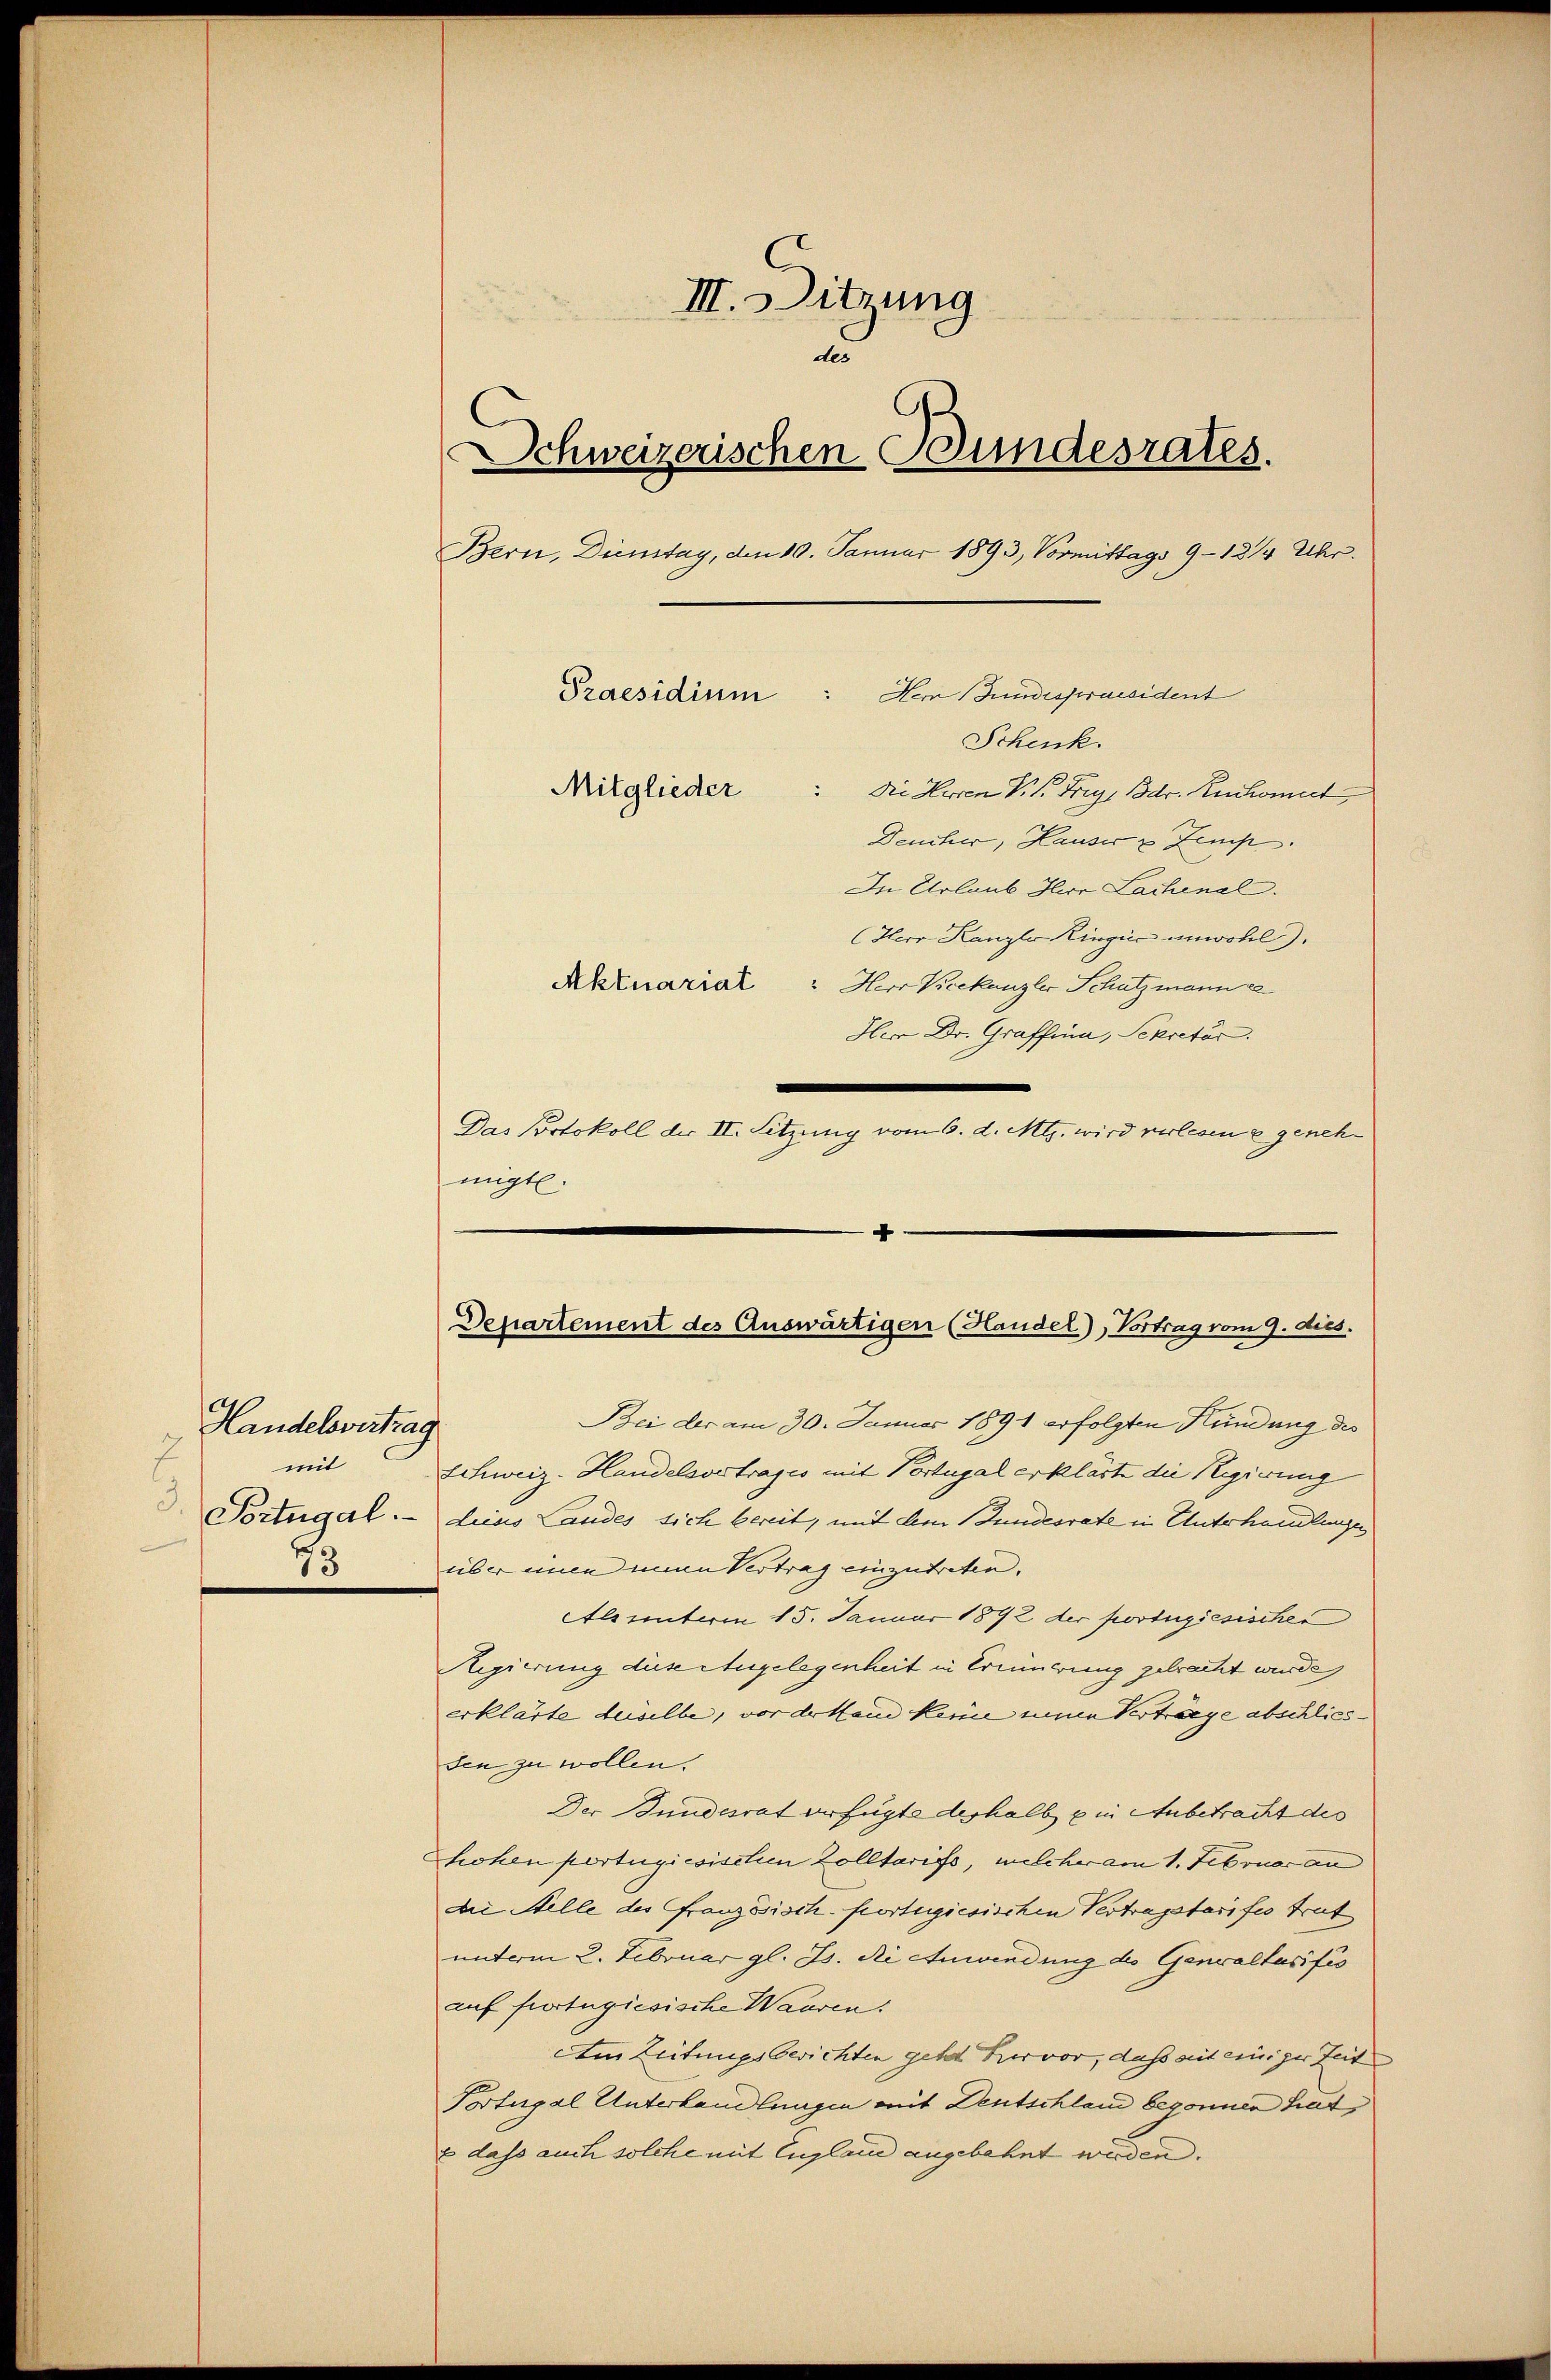
Handelsvertrag
7
mit
Sortugal.
73

III. Sitzung
d
Schweizerischen Bundesrates.
Bern, Dienstag, den 10. Januar 1893, Vormittags 9–12/4 Uhr.
Praesidium
Hem (Gundespraesident
Schenk.
Mitglieder
: Die Herren V. P. Frig, Bdr. Ruchomit
Deucher, Hauser & Zemp
In Urlaub Herr Lachenal.
(Herr Kanzler Ringić unwohl).
Aktuariat
" Herr Vicekanzler Schutzmann e
Herr Dr. Graffina, Sekretär.

Das Portokoll der II. Sitzung vom 6. d. Mts. wird verlesen u genehmigt.

4
Departement des Auswärtigen (Haudel), Vortrag vom 9. dies

Bei der am 30. Januar 1891 erfolgten Kündung des
Schweiz. Handelsvetrages mit Portugal erklärte die Regierung
dieas Landes sich bereit, mit dem Bundesrate in Unterhandlungen
über eine eine Vertrag einzutreten.
Alsunterm 15. Januar 1892 der portugiesischen
Regierung diese Angelegenheit in Erinnerung gebracht wurde,
erklärte derselbe, vor der Hand keine seinen Verträge abschlies-
den zu wollen.
Der Bundesrat erfügte deshalb ein Anbetracht des
hohen portugiesischen Zolltarifs, welcher am 1. Februar an
die Stelle des Französisch-fortugiesischen Vertragstarife trat
unterm 2. Februar gl. Js. die Anwendung des Generaltasifis
auf fortugiesische Waaren.
Am Leitungsberichten geht Hervor, daß mit einiger Zeit
Portugal Unterhandlungen mit Deutschland begonnen hat,
E dass auch solche mit England angebahnt werden.